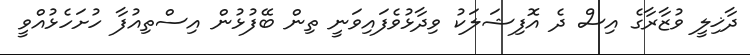
ދާޚިލީ ވުޒާރާގެ އިސް ދެ އޮފިޝަލަކު ވިދާޅުވެފައިވަނީ ތިން ބޭފުޅުން އިސްތިއުފާ ހުށަހެޅުއްވީ